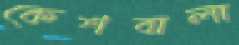
কেশবালা